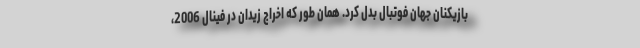
بازیکنان جهان فوتبال بدل کرد. همان طور که اخراج زیدان در فینال 2006،